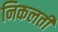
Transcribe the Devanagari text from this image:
निकलती